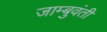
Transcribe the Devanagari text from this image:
जाम्बुवंती